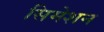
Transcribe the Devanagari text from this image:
सिमेशन